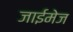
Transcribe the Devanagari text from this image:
जाईमेज